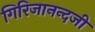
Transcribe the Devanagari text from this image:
गिरिजानन्दजी